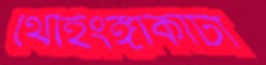
থোইংঙ্গাকাটা